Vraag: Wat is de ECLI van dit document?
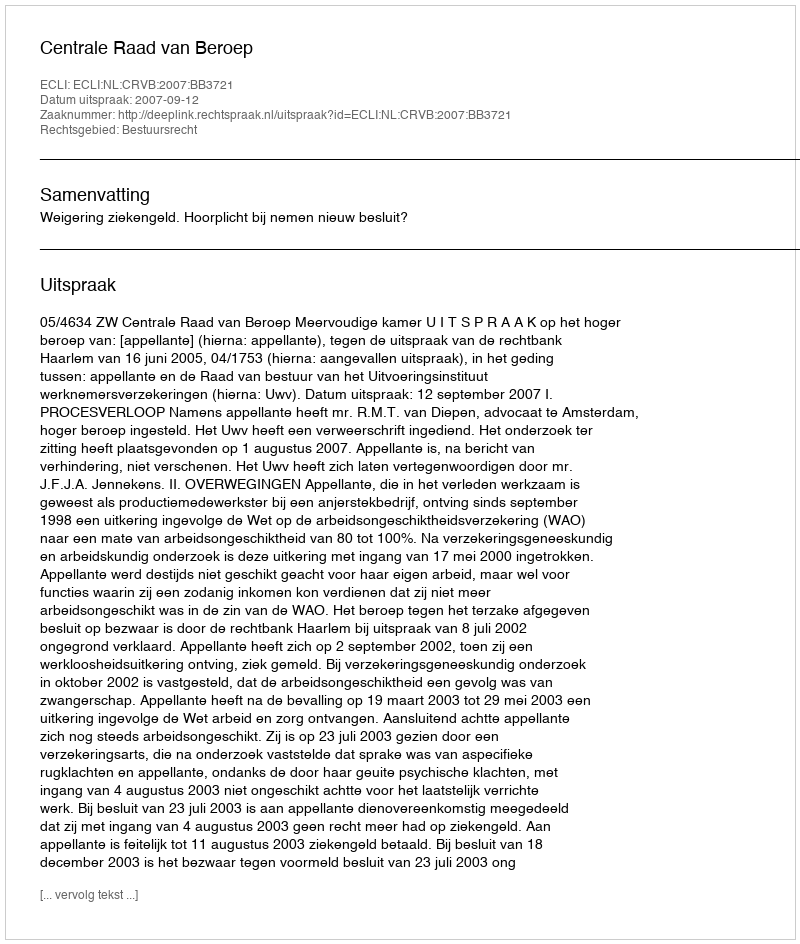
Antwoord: ECLI:NL:CRVB:2007:BB3721